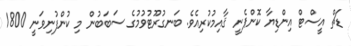
ޑަޗް އީސްޓް އިންޑިޔާ ކޮންޕެނީ ޤާއިމުކުރިއެވެ. ބަނގުރޫޓުވުމުގެ ސަބަބުން މި ކުންފުނިވަނީ 1800